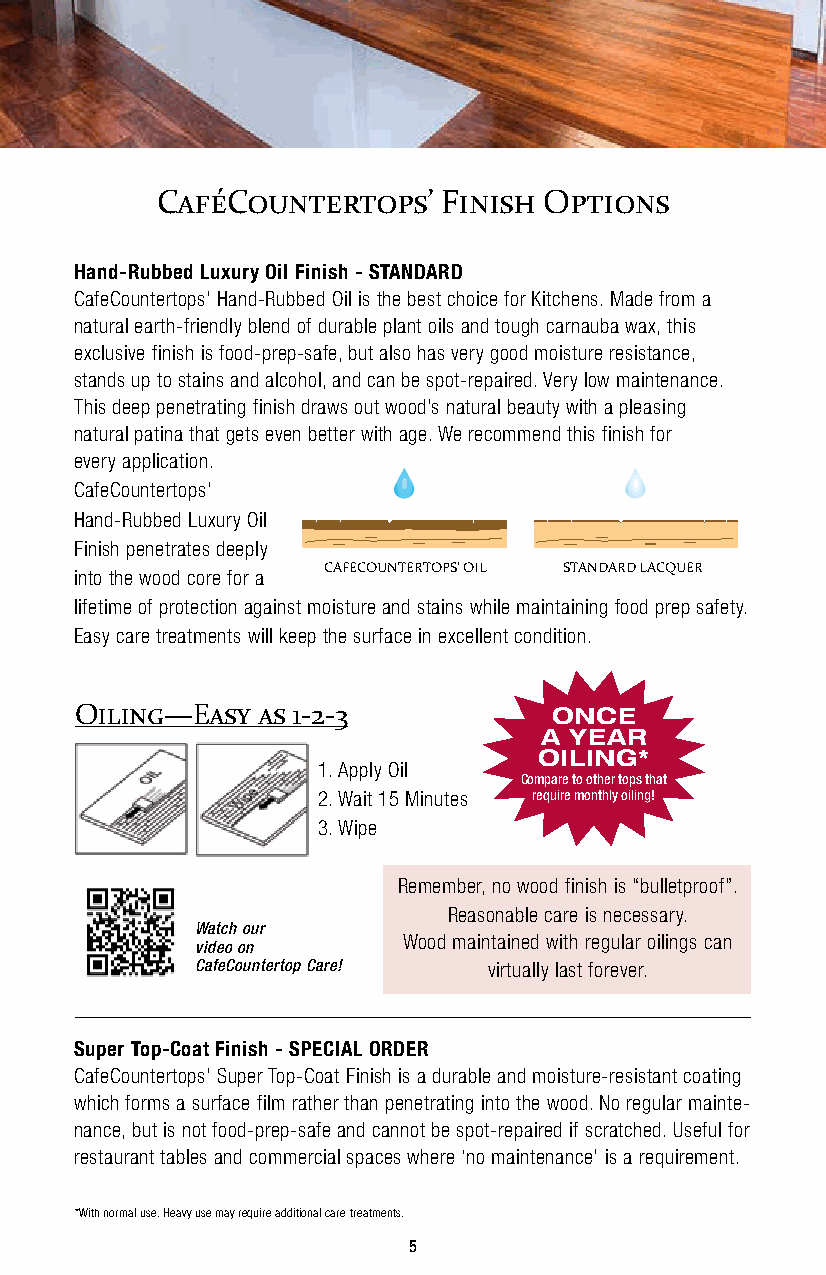
CaféCountertops’   Finish Options
 Hand-Rubbed Luxury Oil Finish - STANDARD
 CafeCountertops’ Hand-Rubbed Oil is the best choice for Kitchens. Made from a
 natural earth-friendly blend of durable plant oils and tough carnauba wax, this
 exclusive finish is food-prep-safe, but also has very good moisture resistance,
 stands up to stains and alcohol, and can be spot-repaired. Very low maintenance.
 This deep penetrating finish draws out wood’s natural beauty with a pleasing
 natural patina that gets even better with age. We recommend this finish for
 every application.
 CafeCountertops’
 Hand-Rubbed Luxury Oil
 Finish penetrates deeply
 CAFECOUNTERTOPS’ OIL STANDARD LACQUER
 into the wood core for a
 DEEP PENETRATING FINISH
 lifetime of protection against moisture and stains while maintaining food prep safety.
 Easy care treatments will keep the surface in excellent condition.
 Oiling—Easy as 1-2-3           ONCE
 A YEAR
 OILING*
 1. Apply Oil
 Compare to other tops that
 2. Wait 15 Minutes require monthly oiling!
 3. Wipe
 Remember, no wood finish is “bulletproof”.
 Reasonable care is necessary.
 Watch our
 Wood maintained with regular oilings can
 video on
 CafeCountertop Care! virtually last forever.
 Super Top-Coat Finish - SPECIAL ORDER
 CafeCountertops’ Super Top-Coat Finish is a durable and moisture-resistant coating
 which forms a surface film rather than penetrating into the wood. No regular mainte-
 nance, but is not food-prep-safe and cannot be spot-repaired if scratched. Useful for
 restaurant tables and commercial spaces where ‘no maintenance’ is a requirement.
 *With normal use. Heavy use may require additional care treatments.
 5